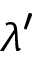
\lambda ^ { \prime }